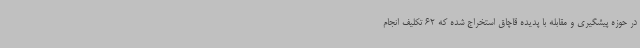
در حوزه پیشگیری و مقابله با پدیده قاچاق استخراج شده که 62 تکلیف انجام